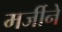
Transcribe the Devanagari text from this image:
मर्जीने